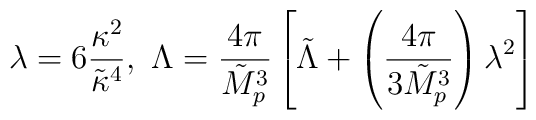
\lambda = 6\frac{\kappa^2}{\tilde{\kappa}^4}, ~\Lambda =\frac{4\pi}{\tilde{M}_p^3} \left[ \tilde{\Lambda} + \left(\frac{4\pi}{3\tilde{M}_p^3} \right)\lambda^2 \right]